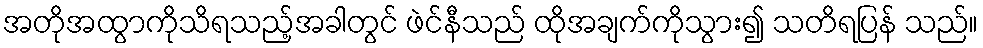
အတိုအထွာကိုသိရသည့်အခါတွင် ဖဲင်နီသည် ထိုအချက်ကိုသွား၍ သတိရပြန် သည်။